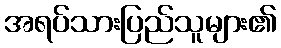
အရပ်သားပြည်သူများ၏